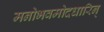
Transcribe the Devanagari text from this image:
मनोभवमोदधारिन्